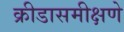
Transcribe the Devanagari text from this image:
क्रीडासमीक्षणे